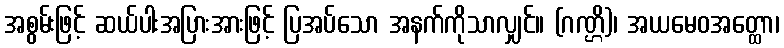
အစွမ်းဖြင့် ဆယ်ပါးအပြားအားဖြင့် ပြအပ်သော အနက်ကိုသာလျှင်။ (ဂဏ္ဌိ)၊ အယမေဝအတ္ထော၊